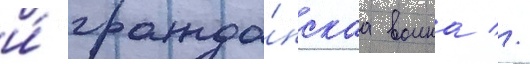
и́ гражда́нскаа воина //